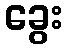
ခွေး